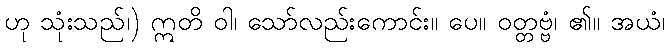
ဟု သုံးသည်၊) ဣတိ ဝါ၊ သော်လည်းကောင်း။ ပေ။ ဝတ္တဗ္ဗံ၊ ၏။ အယံ၊